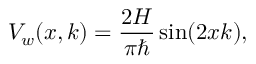
V _ { w } ( x , k ) = \frac { 2 H } { \pi \hbar } \sin ( 2 x k ) ,